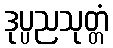
ဒုပ္ပညသုတ္တံ